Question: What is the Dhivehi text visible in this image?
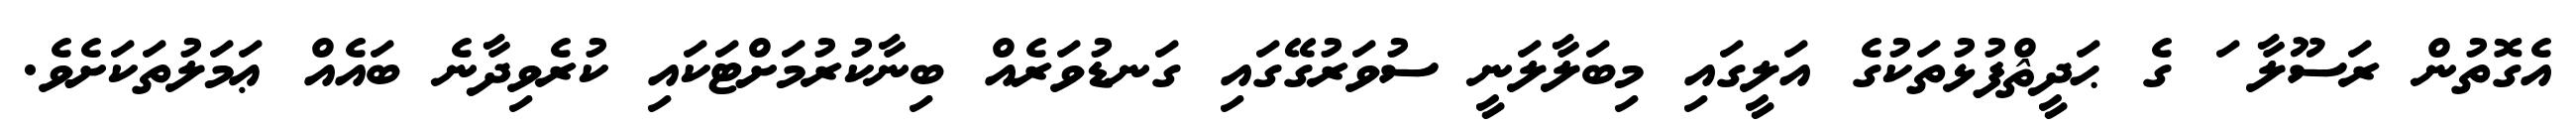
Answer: އެގޮތުން ރަސޫލާ ަ ގެ ޙަދީޘްފުޅުތަކުގެ އަލީގައި މިބަލާލަނީ ސުވަރުގޭގައި ގަނޑުވަރެއް ބިނާކުރުމަށްޓަކައި ކުރެވިދާނެ ބައެއް ޢަމަލުތަކަށެވެ.